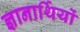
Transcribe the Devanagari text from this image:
ज्ञानार्थियों